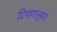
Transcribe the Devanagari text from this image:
टिपणानुसार